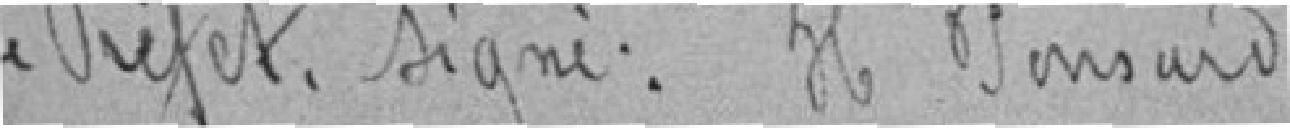
Le préfet, signé : H. Bonsard